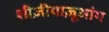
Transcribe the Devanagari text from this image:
शीज़ीयाज़ूआंग